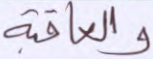
والعاقبة